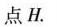
点H.